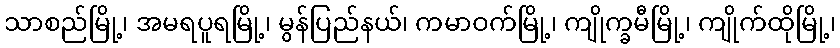
သာစည်မြို့၊ အမရပူရမြို့၊ မွန်ပြည်နယ်၊ ကမာဝက်မြို့၊ ကျိုက္ခမီမြို့၊ ကျိုက်ထိုမြို့၊